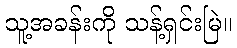
သူ့အခန်းကို သန့်ရှင်းမြဲ။